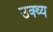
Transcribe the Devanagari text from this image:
उक्थ्य